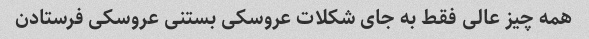
همه چیز عالی فقط به جای شکلات عروسکی بستنی عروسکی فرستادن